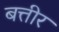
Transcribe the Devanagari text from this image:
बत्तीर